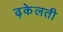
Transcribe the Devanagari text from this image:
ढ़केलती